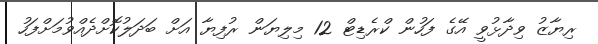
ރިޔާޒު ވިދާޅުވީ އޭގެ ފަހުން ކްރެޑިޓް 12 މިލިޔަން ރުފިޔާ އަށް ބަދަލުކޮށްދެއްވުމަށްފަހު